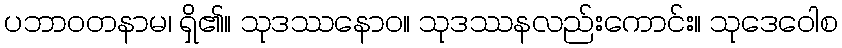
ပဘာဝတနာမ၊ ရှိ၏။ သုဒဿနောဝ။ သုဒဿနလည်းကောင်း။ သုဒေဝေါစ